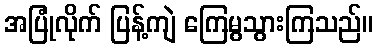
အပြုံလိုက် ပြန့်ကျဲ ကြေမွသွားကြသည်။